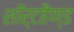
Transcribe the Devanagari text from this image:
शॉर्टहैण्ड